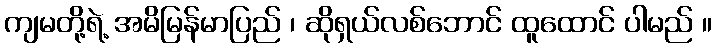
ကျမတို့ရဲ့ အမိမြန်မာပြည် ၊ ဆိုရှယ်လစ်ဘောင် ထူထောင် ပါမည် ။